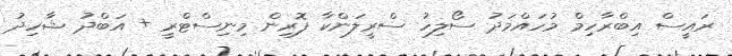
ރައީސް އިބްރާހިމް މުހައްމަދު ސޯލިހު ސްރީލަންކާ ފޮރިން މިނިސްޓްރީ + އަބްދު ޝާހިދު